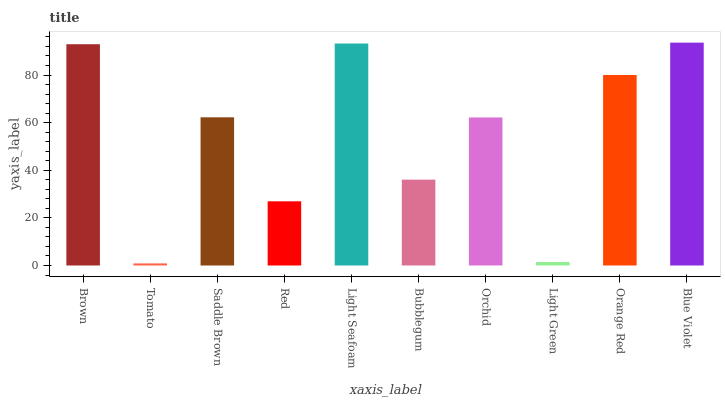
| xaxis_label | bars |
 | --- | --- |
 | Brown | 92.9 |
 | Tomato | 0.878 |
 | Saddle Brown | 62.2 |
 | Red | 27 |
 | Light Seafoam | 93.2 |
 | Bubblegum | 36.1 |
 | Orchid | 62.2 |
 | Light Green | 1.45 |
 | Orange Red | 80 |
 | Blue Violet | 93.6 |